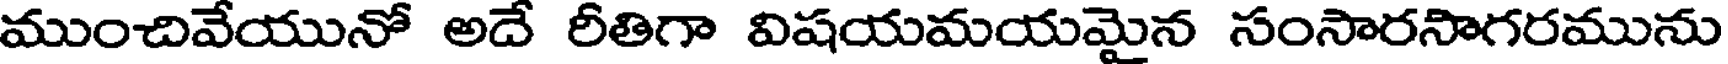
ముంచివేయునో అదే రీతిగా విషయమయమైన సంసారసాగరమును